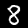
Digit: 8